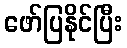
ဖော်ပြနိုင်ပြီး